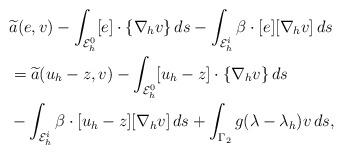
LaTeX: \begin{align*}& \widetilde{a}(e,v) - \int_{{\cal E}_h^0} [e]\cdot\{\nabla_h v\}\, ds - \int_{{\cal E}_h^i}\beta \cdot[e] [\nabla_h v]\, ds\\&=\widetilde{a}(u_h-z, v) -\int_{{\cal E}_h^0} [u_h-z]\cdot\{\nabla_h v\}\, ds\\ &{}- \int_{{\cal E}_h^i}\beta \cdot[u_h-z] [\nabla_h v]\, ds + \int_{\Gamma_2}g(\lambda-\lambda_h)v\,ds,\end{align*}